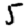
Digit: 5